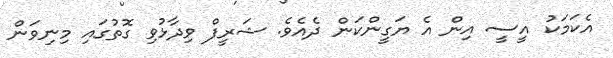
އެކަމަކު އީސީ އިން އެ ޔަގީންކަން ދެއެވެ. ޝަރީފް ވިދާޅުވި ގޮތުގައި މިނިވަން